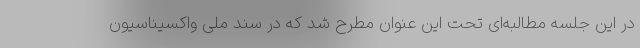
در این جلسه مطالبه‌ای تحت این عنوان مطرح شد که در سند ملی واکسیناسیون